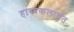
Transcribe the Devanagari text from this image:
हास्यकलावंत